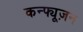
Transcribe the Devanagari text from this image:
कन्फ्यूज़न